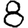
Digit: 8